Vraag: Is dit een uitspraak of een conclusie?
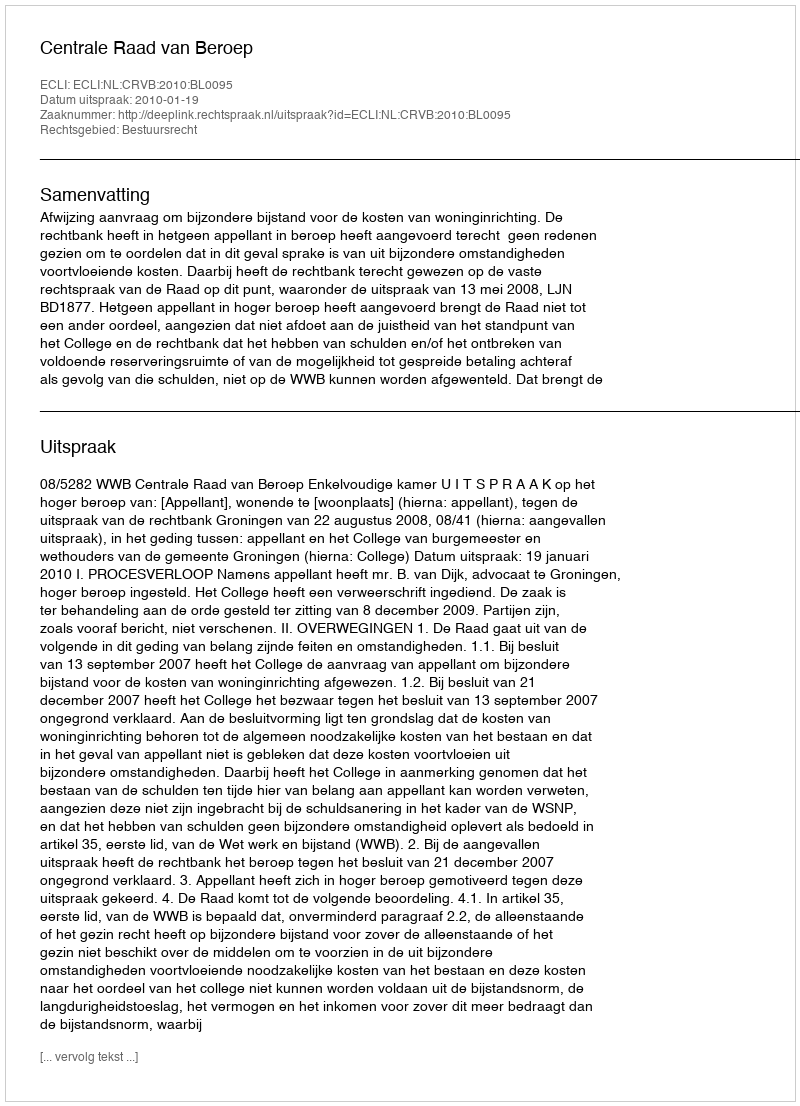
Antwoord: Uitspraak